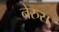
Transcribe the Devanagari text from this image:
नेरुस